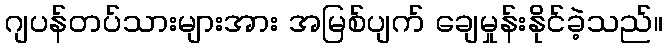
ဂျပန်တပ်သားများအား အမြစ်ပျက် ချေမှုန်းနိုင်ခဲ့သည်။